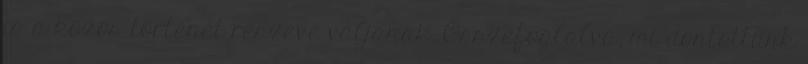
is a közös történet részévé váljanak. Összefoglalva, mi döntöttünk